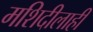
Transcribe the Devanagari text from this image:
मशिदीलाही